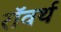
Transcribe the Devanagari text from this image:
रॉवर्थ